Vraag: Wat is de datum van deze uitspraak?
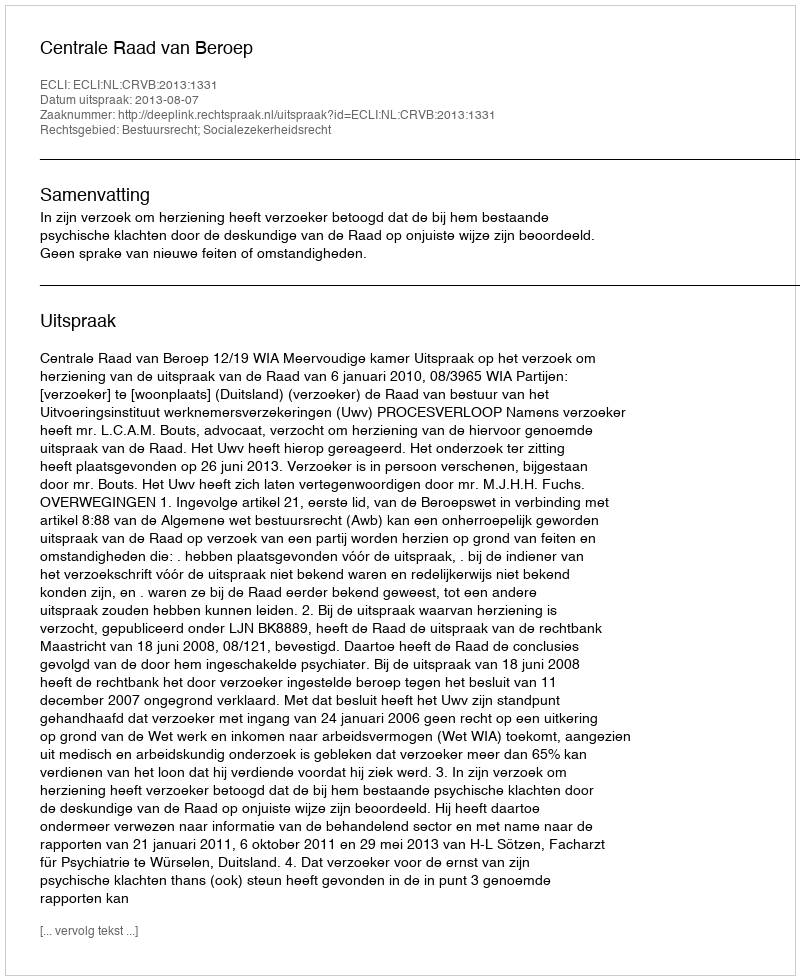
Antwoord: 2013-08-07